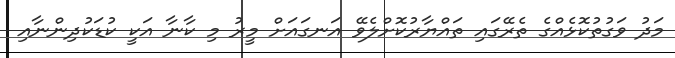
މަދު ވަގުތުކޮޅެއްގެ ތެރޭގައި ތައްޔާރުކޮށްލެވޭ އަނގައަށް މީރު މި ކާނާ އަކީ ކުޑަކުދިންނާއި